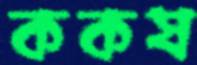
ককষ